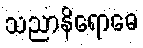
သညာနိရောဓေ